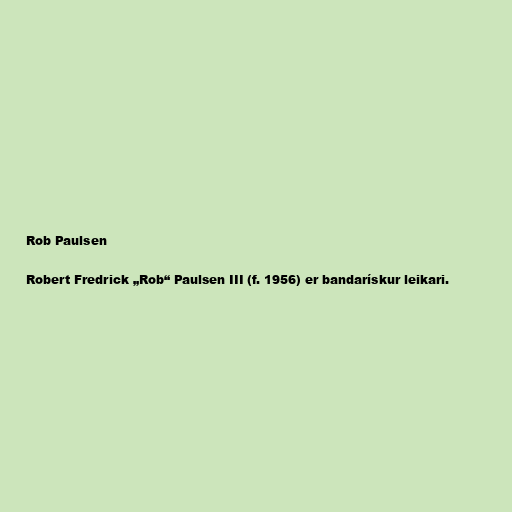
Rob Paulsen

Robert Fredrick „Rob“ Paulsen III (f. 1956) er bandarískur leikari.